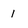
Character: 1